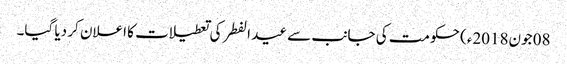
08 جون2018ء) حکومت کی جانب سے عید الفطر کی تعطیلات کا اعلان کر دیا گیا۔